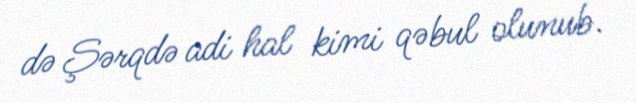
də Şərqdə adi hal kimi qəbul olunub.